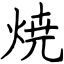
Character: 焼